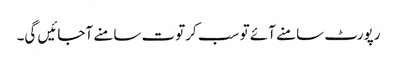
رپورٹ سامنے آئے تو سب کرتوت سامنے آجائیں گی۔